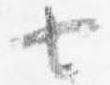
七